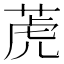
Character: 萀